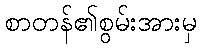
စာတန်၏စွမ်းအားမှ